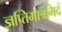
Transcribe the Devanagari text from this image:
ज्ञप्तिमात्रमिदं